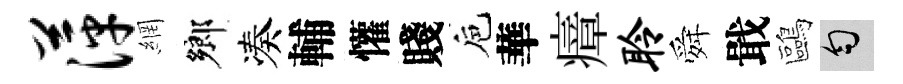
萍網鄉凑輔懽賤巵華瘴聆舜戢鷗匀